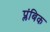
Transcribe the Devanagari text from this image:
प्लंबिक